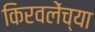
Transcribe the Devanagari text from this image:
किरवलेंच्या